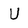
Character: U